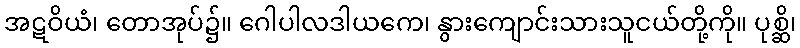
အဋဝိယံ၊ တောအုပ်၌။ ဂေါပါလဒါယကေ၊ နွားကျောင်းသားသူငယ်တို့ကို။ ပုစ္ဆိ၊